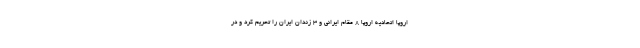
اروپا اتحادیه اروپا 8 مقام ایرانی و 3 زندان ایران را تحریم کرد و در